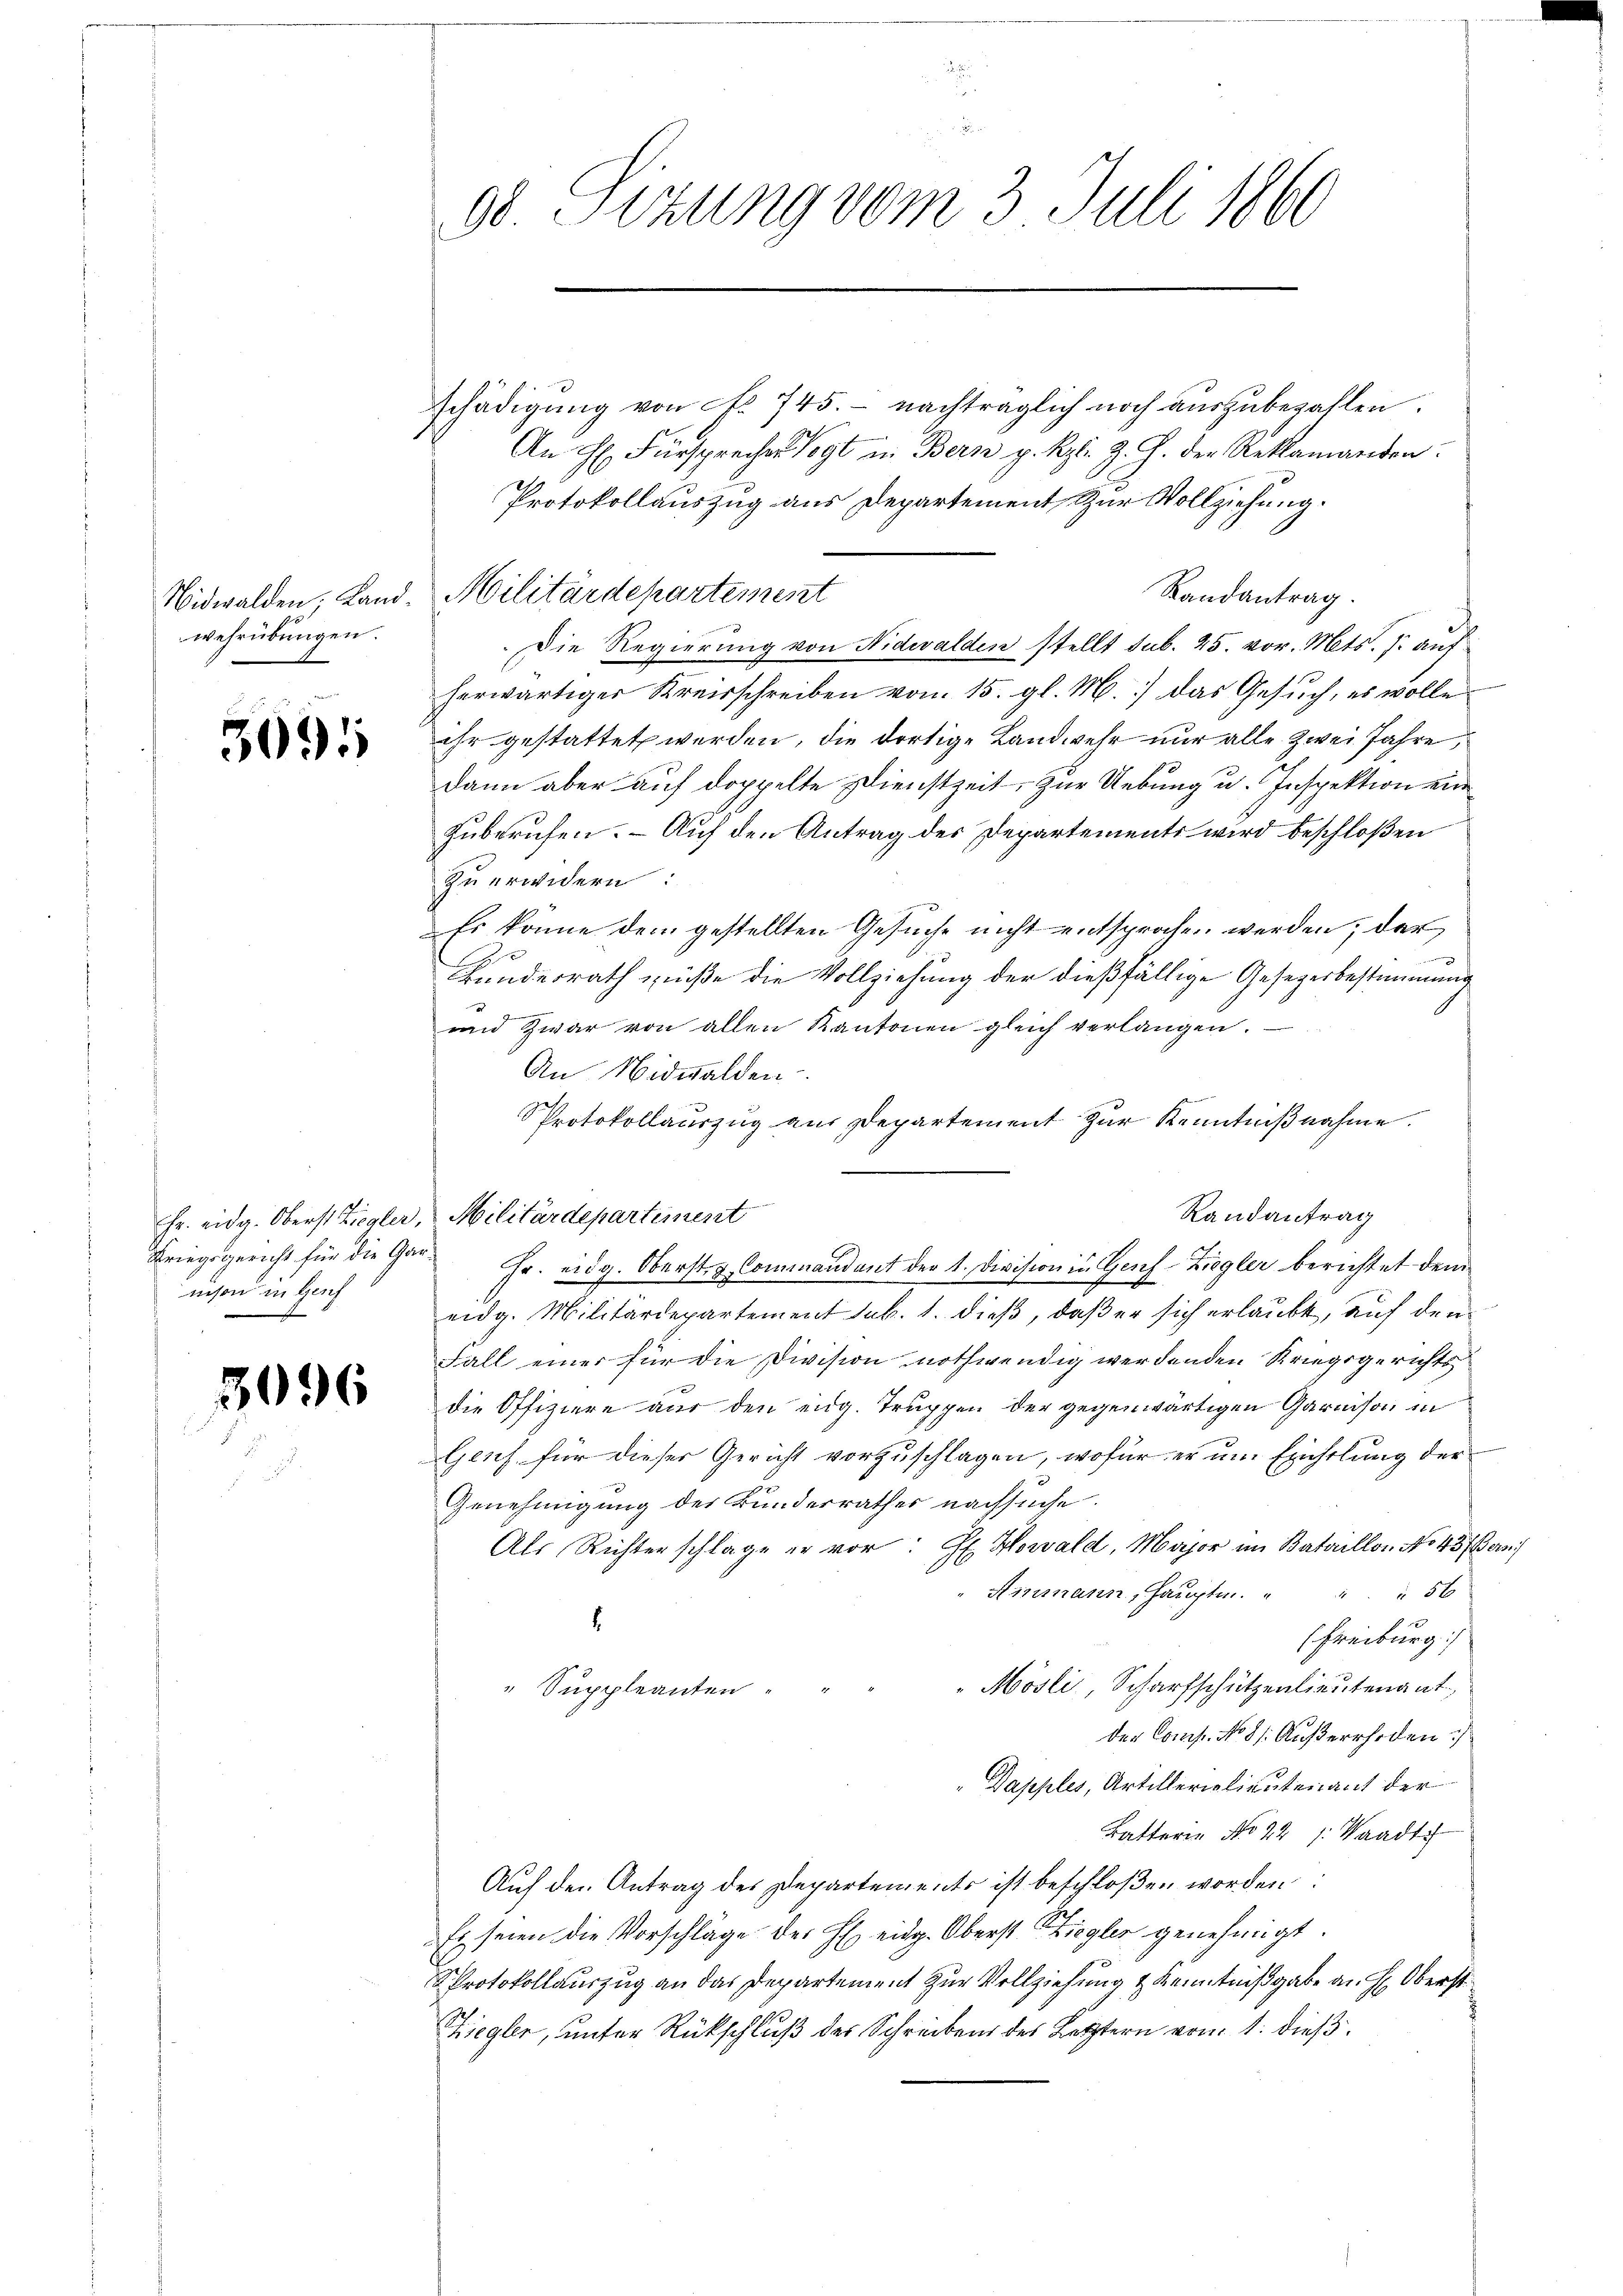
wehrübungen.

3091

nison in Genf

3096

schädigung von No 745. - nachträglich noch auszubezahlen.
An H. Fürsprecher Vogt in Bern p. Rpl. Z. Z. der Reklamanden:
Protokollauszug aus Departement zur Vollziehung.
Randantrag.
Die Regierung von Nidwalden stellt sub. 25. vor. Mts. J. auf
herwärtiger Kreisschreiben von 15. gl. M. das Gesŭch, es wolle
ihr gestattet werden, die dortige Landwehr nur alle Zwei Jahre,
dann aber auf doppelte Dienstzeit, zur Uebung u. Inspektion eine
zuberufen. – Auf den Antrag des Departements wird beschloßen
zu erwidern:
Es könne dem gestellten Gesuche nicht entsprochen werden; der
J
.
Bundesrath müße die Vollziehung der dießfällige Gesezesbestimmung
und zwar von allen Kantonen gleich verlangen.
An Nidwalden
Protokollauszug aus Departement zur Kenntniβnahme.
Randantrag
Fr. eidg. Oberst Ziegler, Militärdepartement
Kriegsgericht für die Gar Fr. eidg. Oberstig Commandant der 1. Division in Genf-Ziegler berichtet dem
eidg. Militärdepartement sub. 1. dieß, daß er sich erlaubt, auf den
Fall einer für die Division nothwendig werdenden Kriegsgerichts
die Offiziere aus den eidg. Truppen der gegenwärtigen Garnison in
Genf für dieser Gericht vorzuschlagen, wofür er um Erichtlung der
Genehmigung des Bundesrathes nachsuche.
Als Richterschlage en vor: H Howald, Major im Bataillon No 43. Bern
Ainmann, Hauptm. " " " 56
(Freiburg
"Mösli, Scharfschützenlieutenant
" Suppleanten
der Comp. No 81. Außerrhoden
Dapples, Artillerielieutenant der
Batterie No 22 /: Waadt
Auf den Antrag des Departements ist beschloßen worden:
Es seien die Vorschläge des H. eidg. Oberst Ziegler genehmigt.
PProtokollauszug an das Departement zur Vollziehung & Kenntnißgabe an H. Oberst
Ziegler, unter Rückschluß des Schreibens des Letztern von 1. dieß¬

98. Sitzung vom 3. Juli 1860

Nidwalden. Land. Militärdepartement